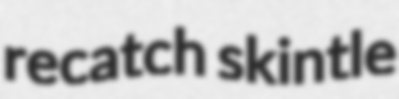
recatch skintle